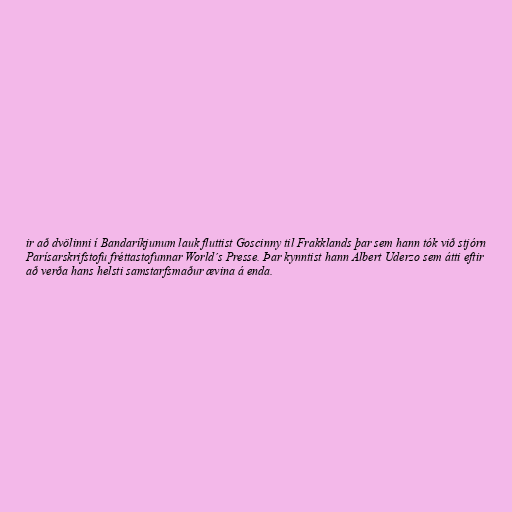
ir að dvölinni í Bandaríkjunum lauk fluttist Goscinny til Frakklands þar sem hann tók við stjórn
Parísarskrifstofu fréttastofunnar World´s Presse. Þar kynntist hann Albert Uderzo sem átti eftir
að verða hans helsti samstarfsmaður ævina á enda.